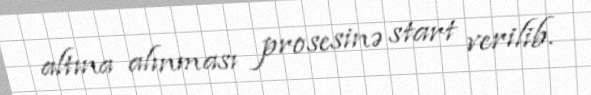
altına alınması prosesinə start verilib.